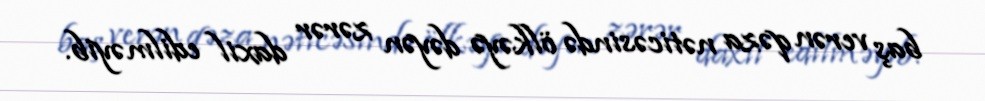
baş verən qəza nəticəsində ölkəyə dəyən zərər daxil edilməyib.